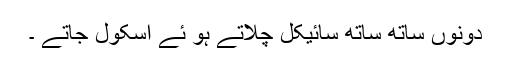
دونوں ساتھ ساتھ سائیکل چلاتے ہو ئے اسکول جاتے ۔